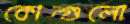
কোন্গুলো